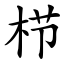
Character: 栉